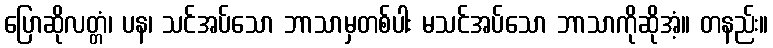
ပြောဆိုလတ္တံ၊ ပန၊ သင်အပ်သော ဘာသာမှတစ်ပါး မသင်အပ်သော ဘာသာကိုဆိုအံ့။ တနည်း။